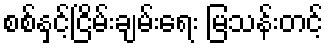
စစ်နှင့်ငြိမ်းချမ်းရေး မြသန်းတင့်